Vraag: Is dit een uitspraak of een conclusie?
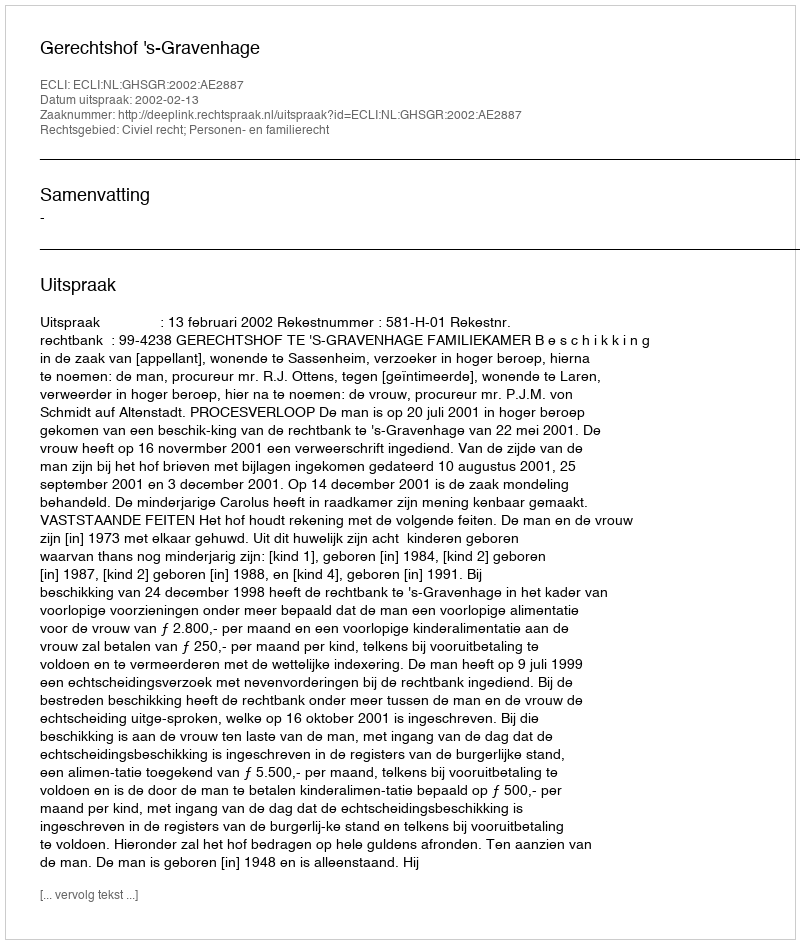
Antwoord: Uitspraak